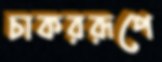
চাকররূপে